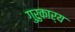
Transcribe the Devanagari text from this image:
गुरुकार्य